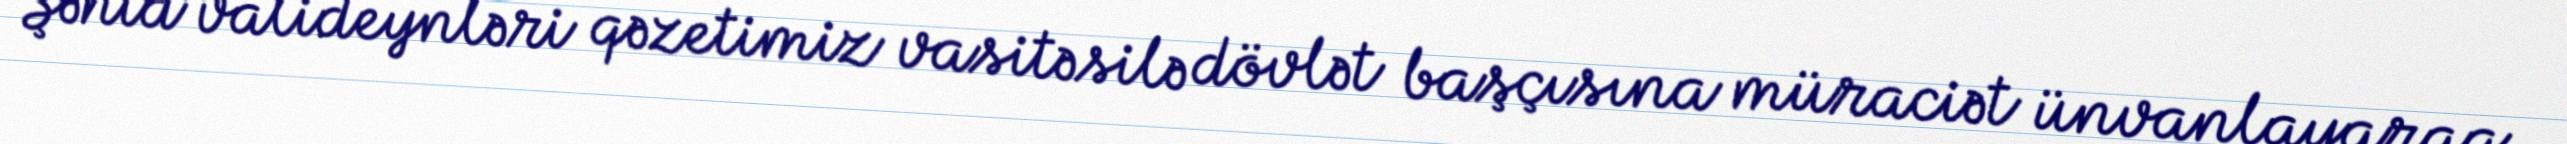
Şəhid valideynləri qəzetimiz vasitəsilə dövlət başçısına müraciət ünvanlayaraq